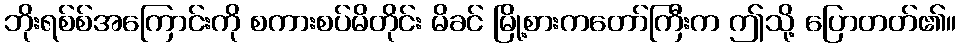
ဘိုးရစ်စ်အကြောင်းကို စကားစပ်မိတိုင်း မိခင် မြို့စားကတော်ကြီးက ဤသို့ ပြောတတ်၏။